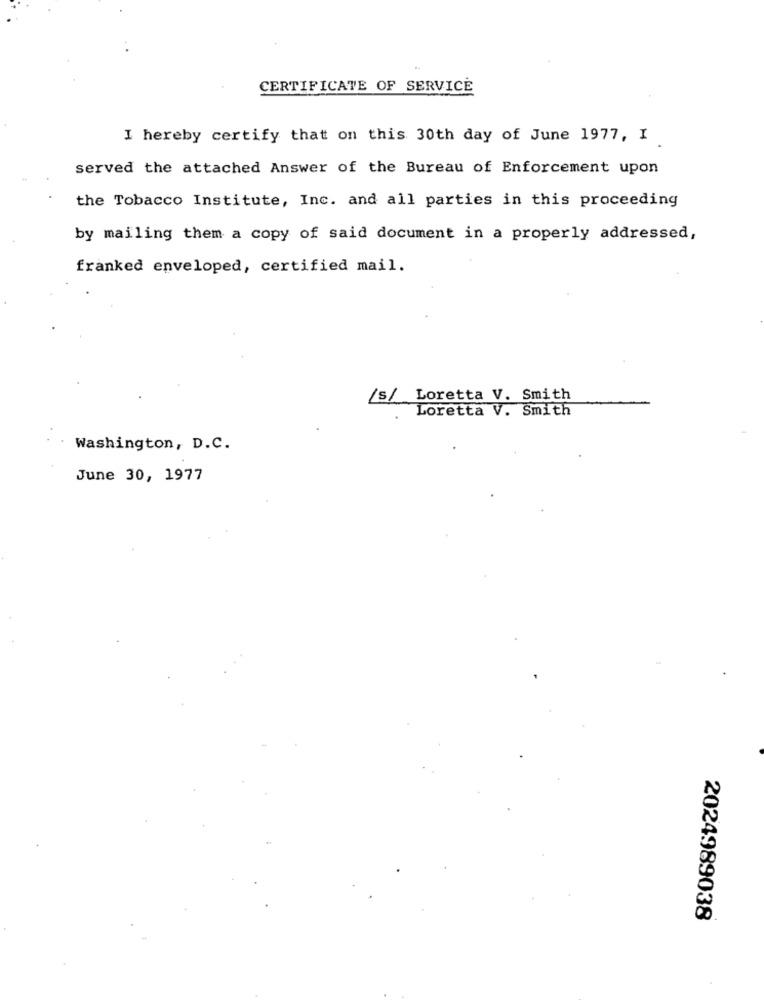
CERTIFICATE OF SERVICE
I hereby certify that on this 30th day of June 1977, I
served the attached Answer of the Bureau of Enforcement upon
the Tobacco Institute, Inc. and all parties in this proceeding
by mailing them a copy of said document in a properly addressed,
franked enveloped, certified mail.
/s/ Loretta V. Smith
Loretta V. Smith
Washington, D.C.
June 30, 1977
2024989038